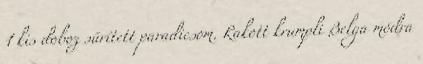
1 kis doboz sűrített paradicsom. Rakott krumpli Belga módra